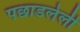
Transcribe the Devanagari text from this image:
पछाडलेली